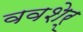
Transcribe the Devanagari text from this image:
ववशेर्